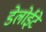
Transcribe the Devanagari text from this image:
डेलोईटे